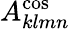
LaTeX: A_{klmn}^{\mathrm{cos}}